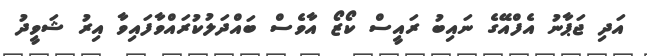
އަދި ޖަޕާނު އެފްއޭގެ ނައިބު ރައީސް ކޯޒޯ އާވެސް ބައްދަލުކުރައްވާފައިވާ އިރު ޝަވީދު